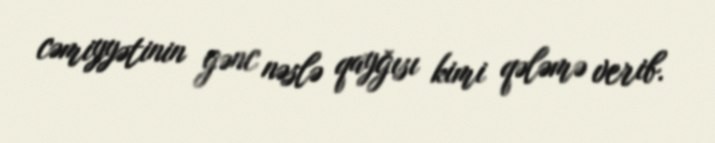
cəmiyyətinin gənc nəslə qayğısı kimi qələmə verib.